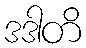
ဒဒါတိ